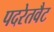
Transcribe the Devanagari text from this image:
पदरेतवैट